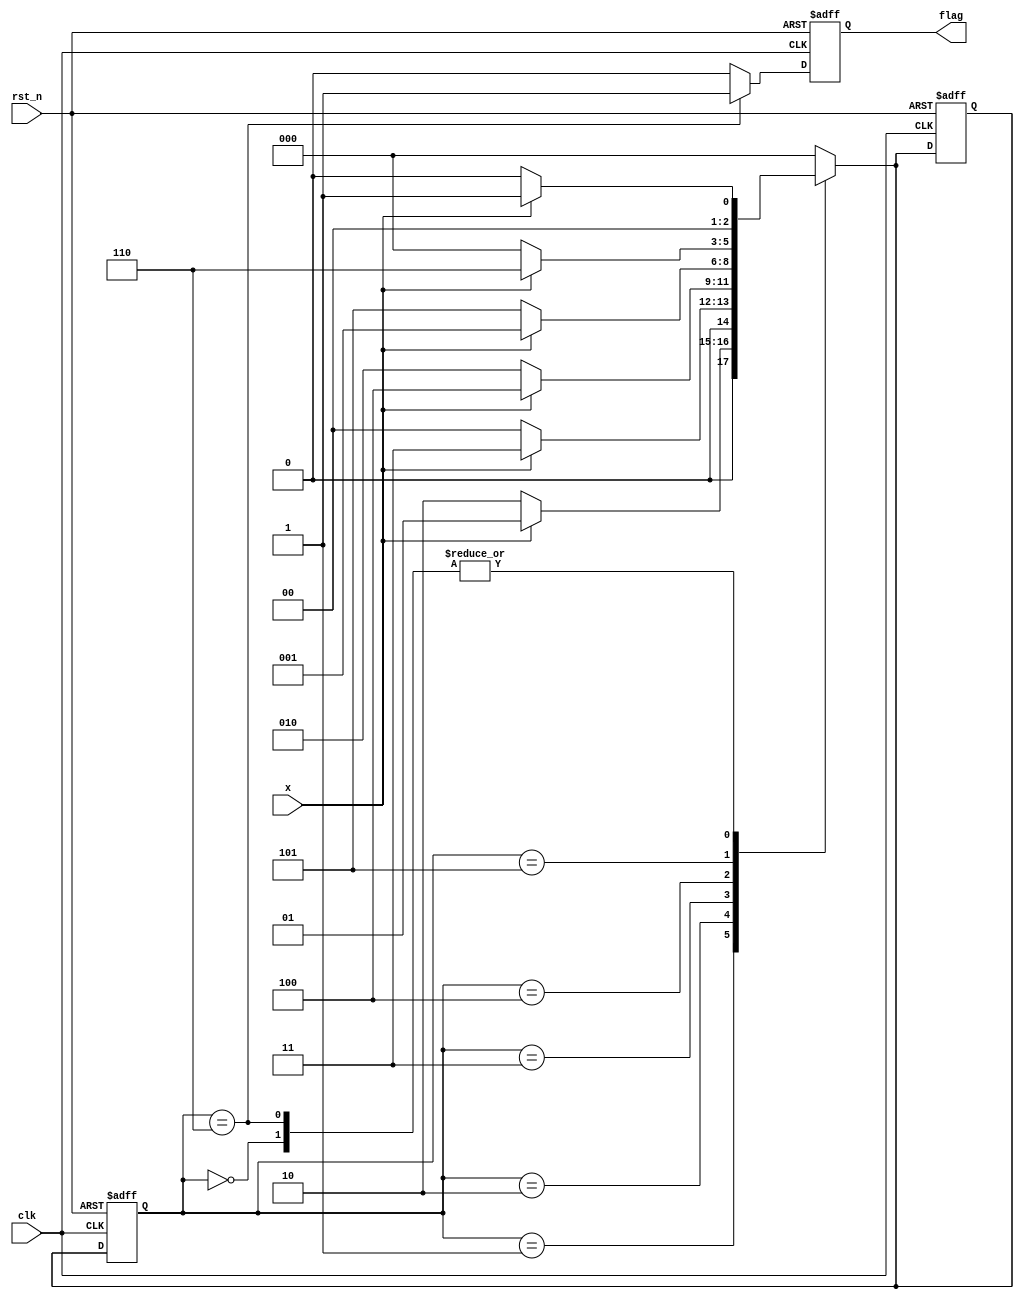
//seqdet used to check a special list of numbers

module seqdet(clk,rst_n,x,flag);
	input clk;
	input rst_n;
	input x;
	output reg flag;

	parameter idle=3'b000,s1=3'b001,s2=3'b010,s3=3'b011,s4=3'b100,s5=3'b101,s6=3'b110;

	reg [2:0] state;
	reg [2:0] next_state;

	always @(posedge clk or negedge rst_n)
		begin
			if(!rst_n)
				begin
					state<=idle;
					next_state<=idle;
				end
			else
				state<=next_state;
		end

	always @(*)
		begin
			case(state)
				idle:
					begin
						if(x==1'b0)
							next_state<=idle;
						else
							next_state<=s1;
					end
				s1:
					begin
						if(x==1'b0)
							next_state<=s2;
						else
							next_state<=s1;
					end
				s2:
					begin
						if(x==1'b0)
							next_state<=idle;
						else
							next_state<=s3;
					end
				s3:
					begin
						if(x==1'b0)
							next_state<=s2;
						else
							next_state<=s4;
					end
				s4:
					begin
						if(x==1'b0)
							next_state<=s5;
						else
							next_state<=s1;
					end
				s5:
					begin
						if(x==1'b0)
							next_state<=idle;
						else
							next_state<=s6;
					end
				s6:
					begin
						if(x==1'b0)
							next_state<=idle;
						else
							next_state<=s1;
					end
				default:next_state<=idle;
			endcase
		end

	always @(posedge clk or negedge rst_n)
		begin
			if(!rst_n)
				flag<=1'b0;
			else
				begin
					if(state==s6)
						flag<=1'b1;
					else
						flag<=1'b0;
				end
		end
endmodule